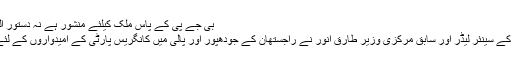
بی جے پی کے پاس ملک کیلئے منشور ہے نہ دستور العمل :طارق انور – دی مشن
راجستھان : کانگریس پارٹی کے سینئر لیڈر اور سابق مرکزی وزیر طارق انور نے راجستھان کے جودھپور اور پالی میں کانگریس پارٹی کے امیدواروں کے لئے آج لوگوں سے ووٹ مانگا۔